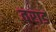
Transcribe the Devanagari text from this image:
वराड